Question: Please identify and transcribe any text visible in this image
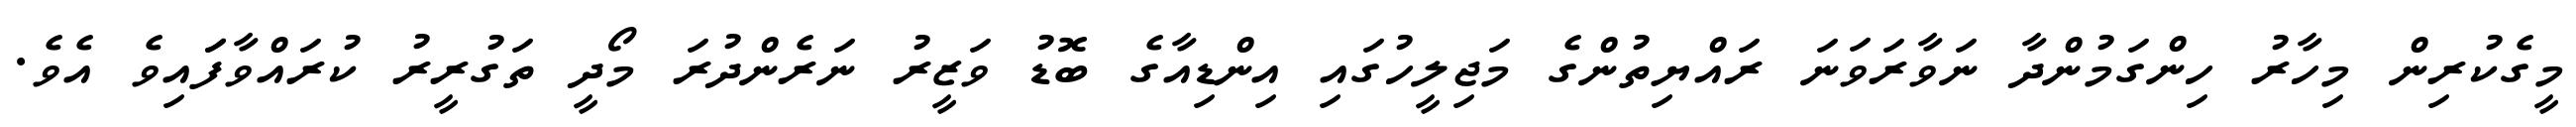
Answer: މީގެކުރިން މިހާރު ހިންގަމުންދާ ނަވާރަވަނަ ރައްޔިތުންގެ މަޖިލީހުގައި އިންޑިއާގެ ބޮޑު ވަޒީރު ނަރެންދުރަ މޯދީ ތަގުރީރު ކުރައްވާފަައިވެ އެވެ.